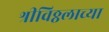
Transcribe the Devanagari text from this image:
श्रीविठ्ठलाच्या